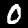
Digit: 0